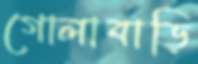
গোলাবাড়ি